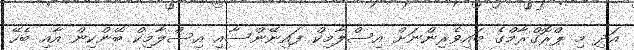
އަދި މި ޕްރޮގްރާމްގެ ބައިވެރިންނަށް އިސްލާމިކް ފައިނޭންސާއި އިސްލާމިކް ބޭންކިން އާއި ބެހޭ